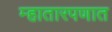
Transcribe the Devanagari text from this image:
म्हातारपणात